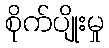
စိုက်ပျိုးမှု